Vaccination United Provinces of Agra and Oudh 1914-1922 - 1914-1922
Year: 1914
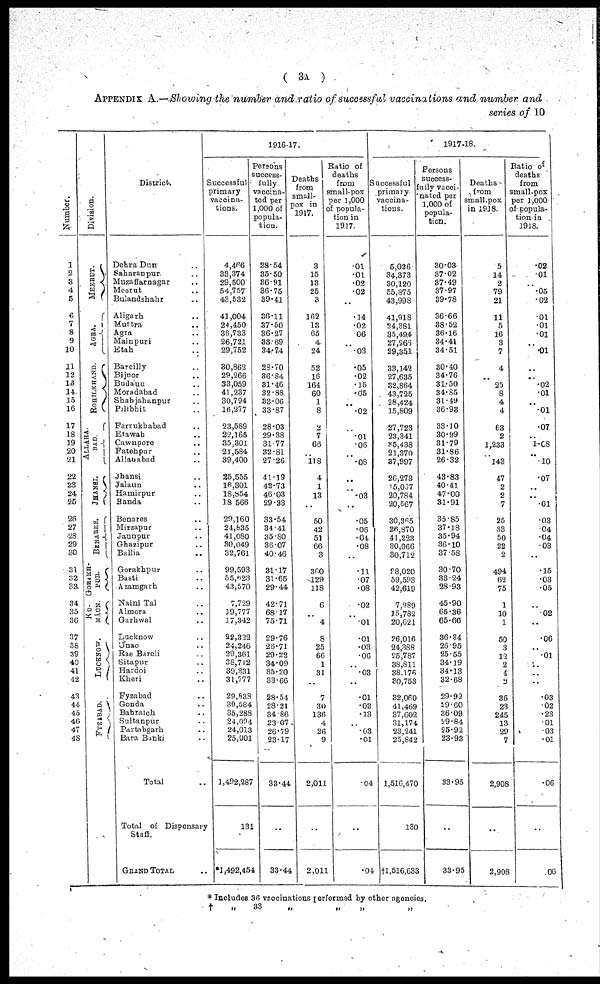
( 3A )
APPENDIX A.—Showing the number and ratio of successful vaccinations and number and
series of 10
Number.
1
2
3
4
5
6
7
8
9
10
11
12
13
14
15
16
17
18
19
20
21
22
23
24
26
26
27
28
29
30
31
32
33
34
35
36
37
38
39
40
41
42
43
44
45
40
47
48
Division.
MEERUT.
AGRA.
ROHILKHAND.
ALLAHA-
BAD
JHANSI.
BENARES.
GORAKH-
PUR.
KU-
MAUN
LUCKNOW.
FYZABAD.
District
Dehra Dun
..
Saharanpur ..
Muzaffarnagar ..
Meerut ..
Bulandshahr ..
Aligarh ..
Muttra ..
Agra ..
Mainpuri ..
Etah ..
Bareilly ..
Bijnor ..
Budaun ..
Moradabad ..
Shahjahanpur ..
Pilibhit ..
Farrukhabad ..
Etawah ..
Cawnpore ..
Fatehpur ..
Allahabad ..
Jhansi ..
Jalunn ..
Hamirpur ..
Banda ..
Benares ..
Mirzapur ..
Jaunpur ..
Ghazipur ..
Ballia ..
Gorakhpur ..
Basti ..
Azamgarh ..
Naini Tal ..
Almora ..
Garhwal ..
Lucknow ..
Unao ..
Rae Bareli ..
Situpur ..
Hardoi ..
Kheri ..
Fyzabad ..
Gonda ..
Bahraich ..
Sultanpur ..
Partabgarh ..
Bara Banki ..
Total ..
Total of Dispensary
Staff.
GRAND TOTAL ..
1916-17.
Successful
primary
vaccina-
tions.
4,466
33,374
29,500
54,757
43,532
41,004
24,450
36,733
26,721
29,752
30,862
29,266
33,059
41,237
30,794
16,277
23,589
22,165
35,301
21,584
39,400
25,555
16,301
16,854
18 566
20,160
24,835
41,080
30,049
32,761
99,593
55,623
43,570
7,729
19,777
17,342
22,322
24,246
29,301
38,712
39,331
31,777
29,839
39,584
35,288
24,024
24,013
25,001
1,492,287
131
*1,492,454
Persons
success-
fully
vaccina-
ted per
1,000 of
popula-
tion.
28.54
35.50
36.91
36.75
39.41
36.11
37.50
36.27
33.69
34.74
28.70
36.84
31.46
32.88
33.06
33.87
28.03
29.38
31.77
32.81
27.26
41.19
42.73
46.03
29.33
33.54
34.41
35.80
36.07
40.46
31.17
31.65
29.44
42.71
68.17
75.71
29.76
26.71
29.22
34.09
35.20
33.66
28.54
28.21
34.86
23.07
26.79
23.17
33.44
..
33.44
Deaths
from
small-
pox in
1917.
3
15
13
25
3
162
13
65
4
24
52
16
164
60
1
8
2
7
66
..
118
4
1
13
..
50
42
51
66
3
360
129
118
6
..
4
8
25
66
1
31
..
7
30
136
4
26
9
2,011
..
2,011
Ratio of
deaths
from
small-pox
per 1,000
of popula-
tion in
1917.
.01
.01
.02
.02
..
.14
.02
.06
..
.03
.05
.02
.15
.05
..
.02
..
.01
.06
..
.08
..
..
.03
..
.05
.06
.04
.08
..
.11
.07
.09
.02
..
.01
.01
.03
.06
..
.03
..
.01
.02
.13
..
.03
.01
.04
..
.01
1917-18.
Successful
primary
vaccina-
tions.
5,026
34,373
30,120
55,375
43,998
41,918
24,381
35,494
27,266
29,351
33,142
27,635
32,864
43,725
28,424
15,809
27,723
23,341
35,433
21,370
37,997
26,273
25,067
20,784
20,567
30,365
26,870
41,223
30,066
30,712
98,020
59,593
42,619
7,289
15,782
20,621
26,016
24,388
25,787
38,811
38,176
30,753
32,060
41,469
37,602
31,174
23,241
25,842
1,516,470
130
†1,516,633
Persons
success-
fully vacci-
nated per
1,000 of
popula-
tion.
30.03
37.02
37.49
37.97
39.78
36.66
38.52
36.16
34.41
34.51
30.40
34.76
31.50
34.85
31.49
36.93
33.10
30.99
31.79
31.86
26.32
43.83
40.41
47.00
31.91
35.85
37.18
35.94
36.10
37.58
30.70
33.24
28.93
45.90
65.36
65.66
36.34
28.95
25.55
34.19
34.13
32.68
29.92
29.60
36.09
29.84
25.92
23.93
33.95
...
33.95
Deaths
from
small-pox
in 1918.
5
14
2
79
21
11
5
16
3
7
4
..
25
8
4
4
63
2
1,233
..
143
47
2
2
7
25
33
50
22
2
494
62
75
1
10
1
50
3
12
2
4
2
36
23
245
13
29
7
2,908
..
2,908
Ratio of
deaths
from
small-pox
per 1,000
of popula-
tion in
1918.
.02
.01
..
.05
.02
.01
.01
.01
..
.01
..
..
.02
.01
..
.01
.07
..
1.08
..
10
.07
..
..
.01
.03
.04
.04
.03
..
.15
.03
.05
..
.02
..
.06
..
.01
..
..
..
.03
.02
.23
.01
.03
.01
.06
..
.06
* Includes 36 vaccinations performad by other agencies.
†
„
33 „ „ „ „